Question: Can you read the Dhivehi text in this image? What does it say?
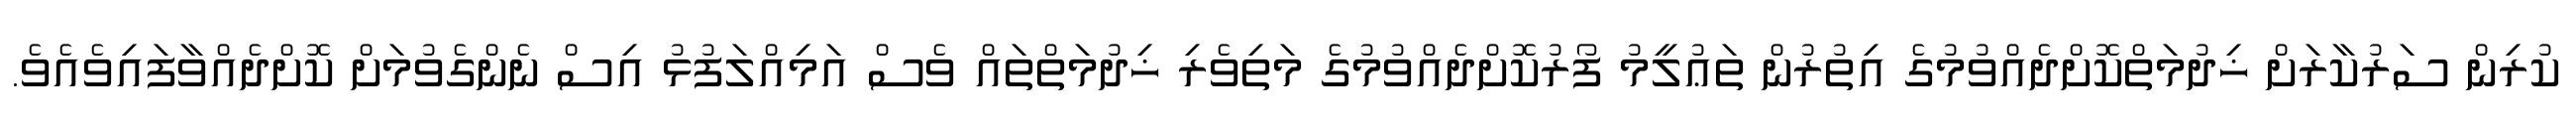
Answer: ކުރިން ސަރުކާރަށް ޚިދުމަތްކޮށްދެއްވުމުގެ އިތުރުން ތަޢުލީމު ފޯރުކޮށްދެއްވުމުގެ މަތިވެރި ޚިދުމަތްތައް ވެސް އަމިއްލަފުޅު އިސް ނެންގެވުމަށް ކޮށްދެއްވާފައިވެއެވެ.